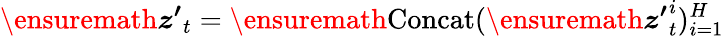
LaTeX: \ensuremath{\boldsymbol{z^{\prime}}}_{t}=\ensuremath{\operatorname{Concat}}(\ensuremath{\boldsymbol{z^{\prime}}}_{t}^{i})_{i=1}^{H}